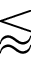
\lessapprox